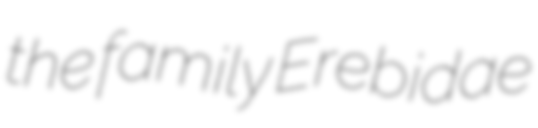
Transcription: the family Erebidae